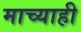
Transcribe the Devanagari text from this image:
माच्याही